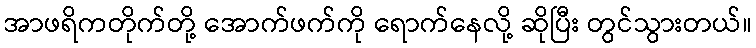
အာဖရိကတိုက်တို့ အောက်ဖက်ကို ရောက်နေလို့ ဆိုပြီး တွင်သွားတယ်။